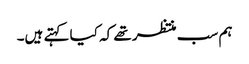
ہم سب منتظر تھے کہ کیا کہتے ہیں۔